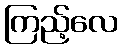
ကြည့်လေ